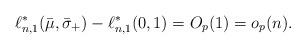
LaTeX: \begin{align*}\ell_{n,1}^*(\bar \mu, \bar \sigma_+) - \ell_{n,1}^*(0,1)= O_p(1) = o_p(n).\end{align*}